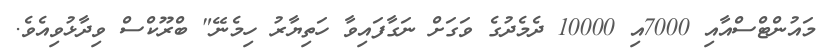
މައުންޓްސްއާއި 7000އި 10000 ދެމެދުގެ ވަގަށް ނަގާފައިވާ ހަތިޔާރު ހިމެނޭ" ބްރޫކްސް ވިދާޅުވިއެވެ.